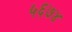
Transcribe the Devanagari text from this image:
५६७४